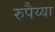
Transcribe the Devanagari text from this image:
रुपैय्या